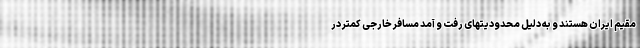
مقیم ایران هستند و به دلیل محدودیتهای رفت و آمد مسافر خارجی کمتر در